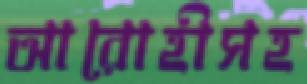
আরোহীসহ